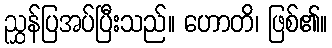
ညွှန်ပြအပ်ပြီးသည်။ ဟောတိ၊ ဖြစ်၏။